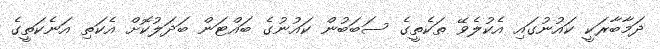
ދަމާބާރަކީ ކައުނުގައި އެކުލެވޭ ތަކެތީގެ ސަބަބުން ކައުނުގެ ބައްޓަން ބަދަލުކޮށް އެކަތި އަނެކަތީގެ